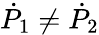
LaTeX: {\dot{P}}_{1}\not={\dot{P}}_{2}